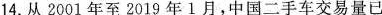
14.从2001年至2019年1月，中国二手车交易量已